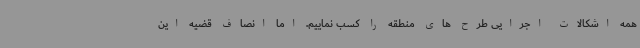
همه اشکالات اجرایی طرح های منطقه را کسب نماییم. اما انصاف قضیه این